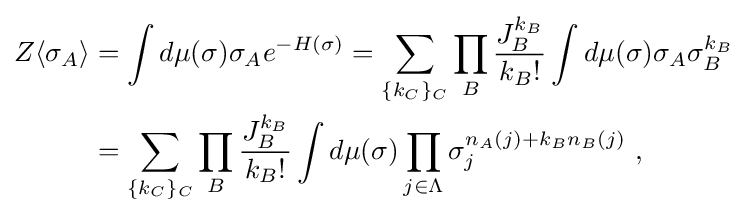
{\begin{aligned}Z\langle \sigma _{A}\rangle &=\int d\mu (\sigma )\sigma _{A}e^{-H(\sigma )}=\sum _{\{k_{C}\}_{C}}\prod _{B}{\frac {J_{B}^{k_{B}}}{k_{B}!}}\int d\mu (\sigma )\sigma _{A}\sigma _{B}^{k_{B}}\\&=\sum _{\{k_{C}\}_{C}}\prod _{B}{\frac {J_{B}^{k_{B}}}{k_{B}!}}\int d\mu (\sigma )\prod _{j\in \Lambda }\sigma _{j}^{n_{A}(j)+k_{B}n_{B}(j)}~,\end{aligned}}